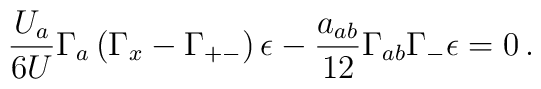
{U_a \over 6U} \Gamma _a\left(\Gamma_{x}-\Gamma_{+-}\right) \epsilon -{a_{ab}\over 12}\Gamma_{ab}\Gamma _-\epsilon =0\,.